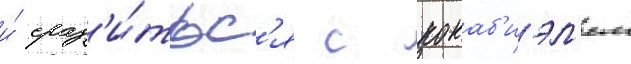
и́ сраз'и́тьс'я с кокаб'иэл'ем